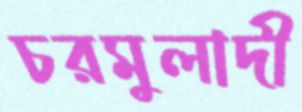
চরমুলাদী